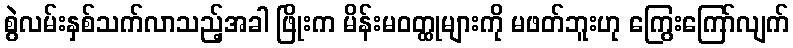
စွဲလမ်းနှစ်သက်လာသည့်အခါ ဖြိုးက မိန်းမဝတ္ထုများကို မဖတ်ဘူးဟု ကြွေးကြော်လျက်